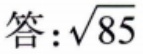
答：\(\sqrt{85}\)